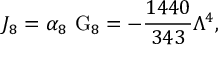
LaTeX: { \cal J } _ { 8 } = \alpha _ { 8 } ~ \mathrm { G } _ { 8 } = - \frac { 1 4 4 0 } { 3 4 3 } \Lambda ^ { 4 } ,